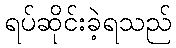
ရပ်ဆိုင်းခဲ့ရသည်